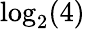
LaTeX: \log_{2}(4)